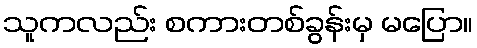
သူကလည်း စကားတစ်ခွန်းမှ မပြော။